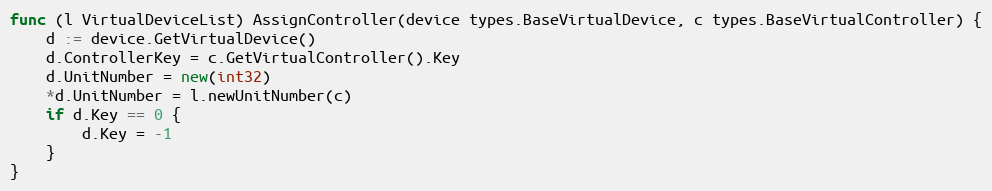
Language: Go
func (l VirtualDeviceList) AssignController(device types.BaseVirtualDevice, c types.BaseVirtualController) {
	d := device.GetVirtualDevice()
	d.ControllerKey = c.GetVirtualController().Key
	d.UnitNumber = new(int32)
	*d.UnitNumber = l.newUnitNumber(c)
	if d.Key == 0 {
		d.Key = -1
	}
}